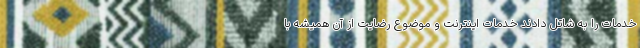
خدمات را به شاتل دادند خدمات اینترنت و موضوع رضایت از آن همیشه با